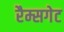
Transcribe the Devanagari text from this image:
रैम्सगेट